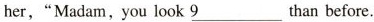
her,"Madam,you look \underline{9}than before.